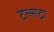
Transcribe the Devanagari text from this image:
टेल्‍सट्रा